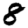
Digit: 8